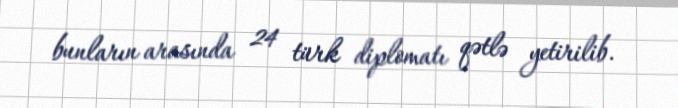
bunların arasında 24 türk diplomatı qətlə yetirilib.